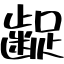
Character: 齪